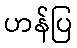
ဟန်ပြ